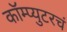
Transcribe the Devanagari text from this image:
कॉम्प्युटरचं